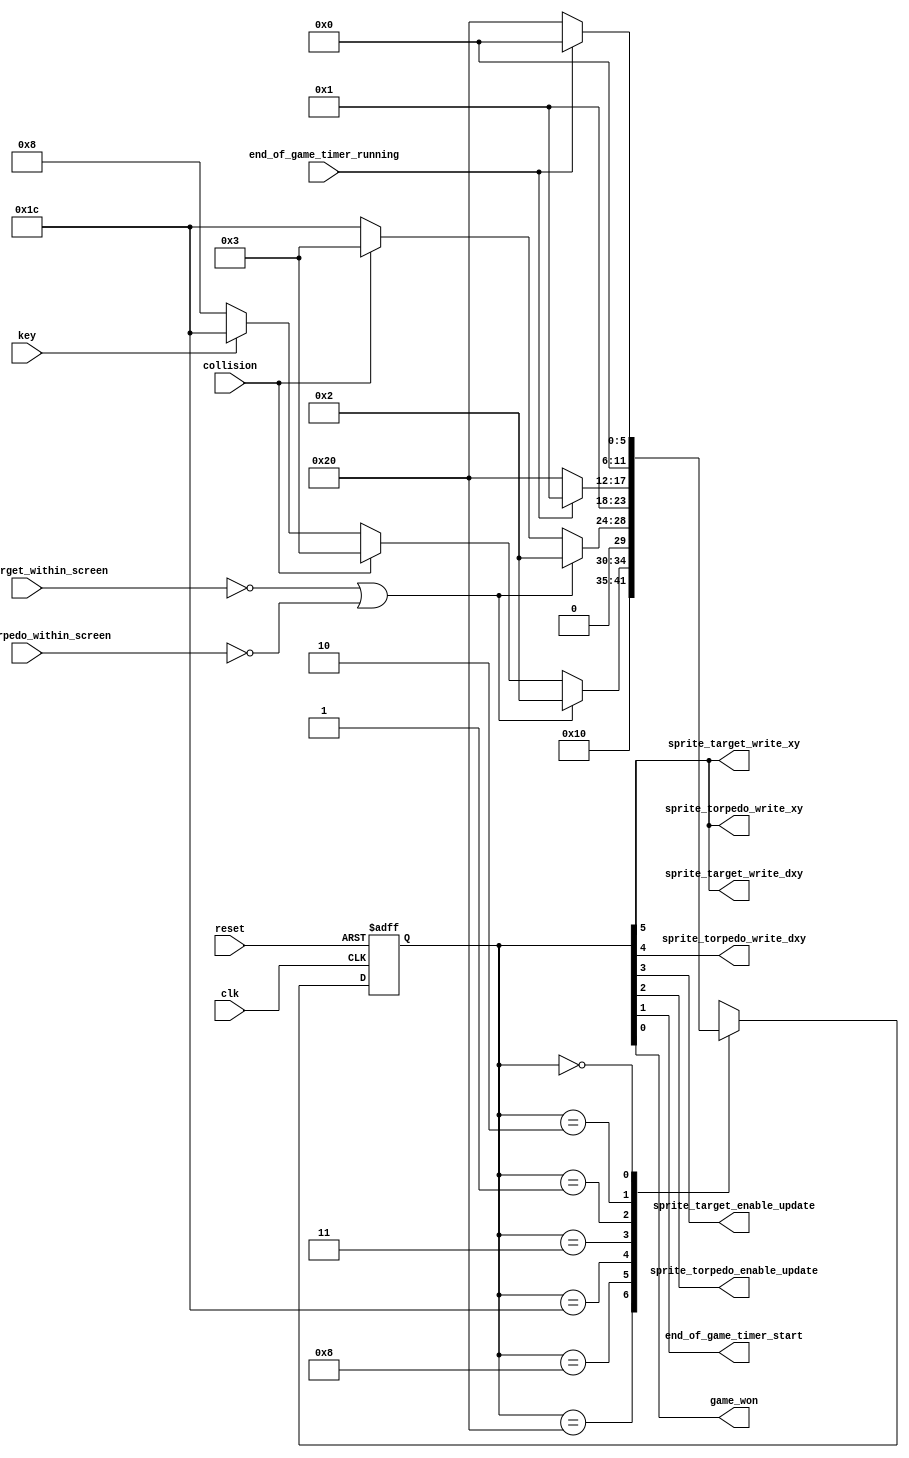
module game_master_fsm_7_signals_from_state
(
    input  clk,
    input  reset,

    input  key,

    output sprite_target_write_xy,
    output sprite_torpedo_write_xy,

    output sprite_target_write_dxy,
    output sprite_torpedo_write_dxy,

    output sprite_target_enable_update,
    output sprite_torpedo_enable_update,

    input  sprite_target_within_screen,
    input  sprite_torpedo_within_screen,

    input  collision,

    output end_of_game_timer_start,
    output game_won,

    input  end_of_game_timer_running
);

    //------------------------------------------------------------------------

    localparam [5:0] STATE_START    = 6'b100000,
                     STATE_AIM      = 6'b001000,
                     STATE_SHOOT    = 6'b011100,
                     STATE_WON      = 6'b000011,
                     STATE_WON_END  = 6'b000001,
                     STATE_LOST     = 6'b000010,
                     STATE_LOST_END = 6'b000000;

    //------------------------------------------------------------------------

    reg [5:0] state;
    reg [5:0] n_state;

    //------------------------------------------------------------------------

    assign sprite_target_write_xy        = state [5];
    assign sprite_torpedo_write_xy       = state [5];
    assign sprite_target_write_dxy       = state [5];
    assign sprite_torpedo_write_dxy      = state [4];
    assign sprite_target_enable_update   = state [3];
    assign sprite_torpedo_enable_update  = state [2];
    assign end_of_game_timer_start       = state [1];
    assign game_won                      = state [0];

    //------------------------------------------------------------------------

    wire out_of_screen
        =   ~ sprite_target_within_screen
          | ~ sprite_torpedo_within_screen;

    //------------------------------------------------------------------------

    always @*
    begin
        n_state = 6'bx;  // For debug and "don't care" directive for synthesis

        case (state)

        STATE_START    : n_state =                             STATE_AIM;

        STATE_AIM      : n_state = out_of_screen             ? STATE_LOST
                                 : collision                 ? STATE_WON
                                 : key                       ? STATE_SHOOT
                                 :                             STATE_AIM;

        STATE_SHOOT    : n_state = out_of_screen             ? STATE_LOST
                                 : collision                 ? STATE_WON
                                 :                             STATE_SHOOT;

        STATE_WON      : n_state =                             STATE_WON_END;

        STATE_WON_END  : n_state = end_of_game_timer_running ? STATE_WON_END
                                 :                             STATE_START;

        STATE_LOST     : n_state =                             STATE_LOST_END;

        STATE_LOST_END : n_state = end_of_game_timer_running ? STATE_LOST_END
                                 :                             STATE_START;
        endcase
    end

    //------------------------------------------------------------------------

    always @ (posedge clk or posedge reset)
        if (reset)
            state <= STATE_START;
        else
            state <= n_state;

endmodule